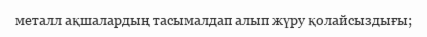
металл ақшалардың тасымалдап алып жүру қолайсыздығы;